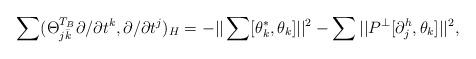
LaTeX: \begin{align*}\sum(\Theta_{j\bar k}^{T_B} \partial/\partial t^k, \partial/\partial t^j)_H= -||\sum [\theta_k^*, \theta_k]||^2-\sum ||P^{\bot} [\partial^h_j, \theta_k]||^2,\end{align*}